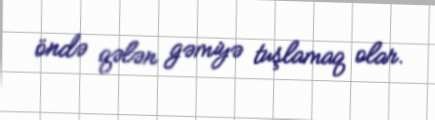
öndə qələn gəmiyə tuşlamaq olar.